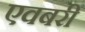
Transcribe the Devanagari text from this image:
एवबरी